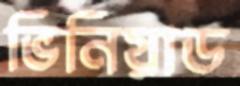
ভিনিয়াড